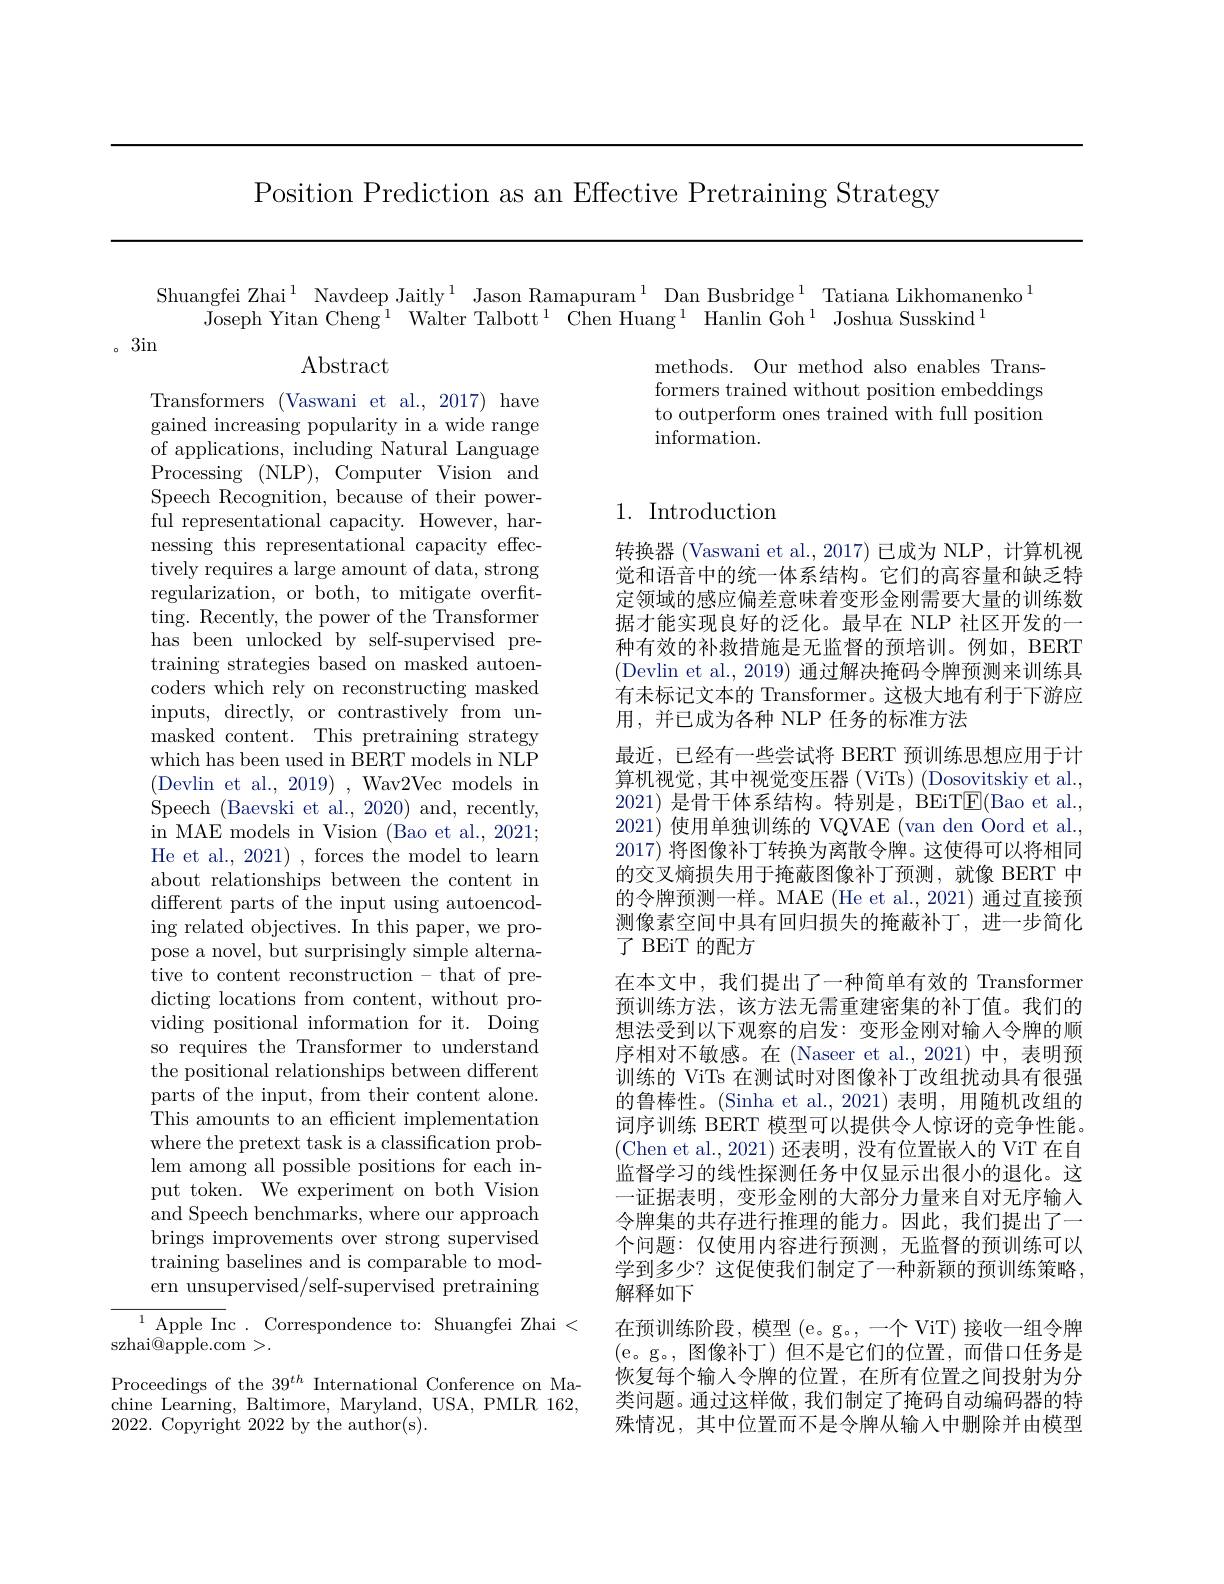
Position Prediction as an Effective Pretraining Strategy

Shuangfei Zhai$^{1}$ Navdeep Jaitly$^{1}$ Jason Ramapuram$^{1}$ Dan Busbridge$^{1}$ Tatiana Likhomanenko$^{1}$

Joseph Yitan Cheng$^1$ Walter Talbott$^1$ Chen Huang$^1$ Hanlin Goh$^1$ Joshua Susskind$^1$

。3in

Abstract

methods. Our method also enables Transformers trained without position embeddings to outperform ones trained with full position information.

## 1. Introduction

Transformers (Vaswani et al., 2017) have gained increasing popularity in a wide range $\bar{\text{of applications, including Natural Language}}$ Processing (NLP), Computer Vision and Speech Recognition, because of their powerful representational capacity. However, harnessing this representational capacity effectively requires a large amount of data, strong regularization, or both, to mitigate overfitting. Recently, the power of the Transformer has been unlocked by self-supervised pretraining strategies based on masked autoencoders which rely on reconstructing masked inputs, directly, or contrastively from unmasked content. This pretraining strategy which has been used in BERT models in NLP ( Devlin et al. , 2019) , Wa Speech (Baevski et al., 2020) and, recently, in MAE models in Vision (Bao He et al., 2021) , forces the model to learn about relationships between the content in different parts of the input ing related objectives. In this paper, we propose a novel, but surprisingly simple alternative to content reconstruction - that of predicting locations from content, without providing positional information for it. Doing so requires the Transformer to understand the positional relationships parts of the input, from their content alone. This amounts to an efficient implementation where the pretext task is a classification problem among all possible positions for each input token. We experiment on both Vision and Speech benchmarks, where our approach brings improvements over strong supervised training baselines and is co ern unsupervised/self-supervised pretraining ${{}^{1}{\mathrm{~Apple~Inc~.~Correspondence~to:~Shuangfei~Zhai~<}}}$
$\operatorname{szhai@apple.com}>.$

转换器 (Vaswani et al., 2017) 已成为 NLP, 计算机视觉和语音中的统一体系结构。它们的高容量和缺乏特定领域的感应偏差意味着变形金刚需要大量的训练数据才能实现良好的泛化。最早在 NLP 社区开发的一种有效的补救措施是无监督的预培训。例如，BERT (Devlin et al., 2019) 通过解决掩码令牌预测来训练具有未标记文本的 Transformer。这极大地有利于下游应用，并已成为各种 NLP 任务的标准方法
最近，已经有一些尝试将 BERT 预训练思想应用于计算机视觉，其中视觉变压器(ViTs)(Dosovitskiy et al., 2021)是骨干体系结构。特别是，BEiTE(Bao et al., 2021) 使用单独训练的 VQVAE (van den Oord et al., 2017)将图像补丁转换为离散令牌。这使得可以将相同的交叉熵损失用于掩蔽图像补丁预测，就像 BERT 中的令牌预测一样。MAE (He et al., 2021) 通过直接预测像素空间中具有回归损失的掩蔽补丁，进一步简化了 BEiT 的配方
在本文中，我们提出了一种简单有效的 Transformer 预训练方法，该方法无需重建密集的补丁值。我们的想法受到以下观察的启发：变形金刚对输入令牌的顺序相对不敏感。在(Naseer et al.,2021)中，表明预训练的 ViTs 在测试时对图像补丁改组扰动具有很强的鲁棒性。(Sinha et al.,2021)表明，用随机改组的词序训练 BERT 模型可以提供令人惊讶的竞争性能。(Chen et al., 2021) 还表明，没有位置嵌人的 ViT 在自监督学习的线性探测任务中仅显示出很小的退化。这一证据表明，变形金刚的大部分力量来自对无序输人令牌集的共存进行推理的能力。因此，我们提出了一个问题：仅使用内容进行预测，无监督的预训练可以学到多少？这促使我们制定了一种新颖的预训练策略， 解释如下
在预训练阶段，模型 (e。g。, 一个 ViT) 接收一组令牌(e。g。,图像补丁)但不是它们的位置，而借口任务是恢复每个输入令牌的位置，在所有位置之间投射为分类问题。通过这样做，我们制定了掩码自动编码器的特殊情况，其中位置而不是令牌从输入中删除并由模型

Proceedings of the $39^th$ International Conference on Machine Learning, Baltimore, Maryland, USA, PMLR 162, 2022. Copyright 2022 by the author(s).